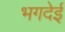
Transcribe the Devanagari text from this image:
भगदेई